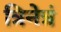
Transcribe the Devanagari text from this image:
त्रिनेत्रं